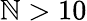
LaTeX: \mathbb{N}>10